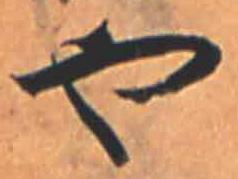
や